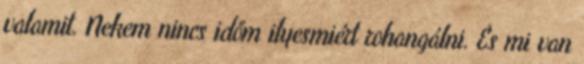
valamit. Nekem nincs időm ilyesmiért rohangálni. És mi van